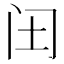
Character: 𮤬